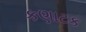
કણાટક